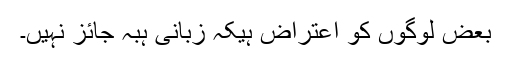
بعض لوگوں کو اعتراض ہیکہ زبانی ہبہ جائز نہیں۔